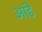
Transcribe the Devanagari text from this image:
आंडे